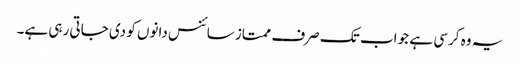
یہ وہ کرسی ہے جو اب تک صرف ممتاز سائنس دانوں کو دی جاتی رہی ہے۔